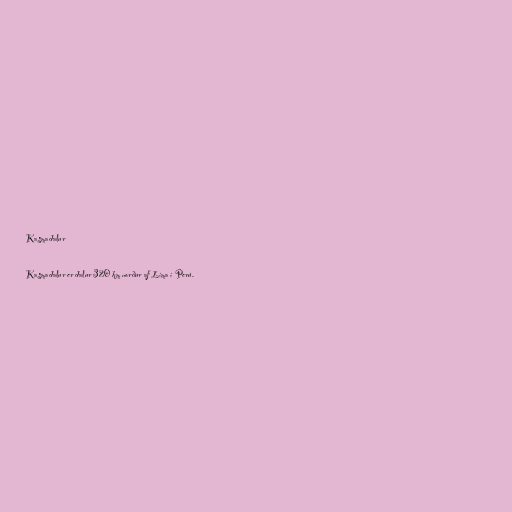
Kasmadalur

Kasmadalur er dalur 320 km norður af Líma í Perú.